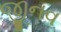
જીનવ